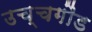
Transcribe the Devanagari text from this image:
उच्चगौड